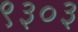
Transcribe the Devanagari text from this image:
९३०३